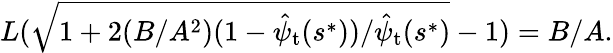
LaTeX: \begin{array}{r}{L(\sqrt{1+2(B/A^{2})(1-\hat{\psi}_{\mathrm{t}}(s^{*}))/\hat{\psi}_{\mathrm{t}}(s^{*})}-1)=B/A.}\end{array}